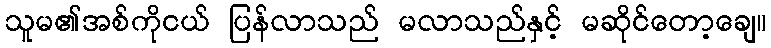
သူမ၏အစ်ကိုငယ် ပြန်လာသည် မလာသည်နှင့် မဆိုင်တော့ချေ။